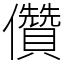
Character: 儹